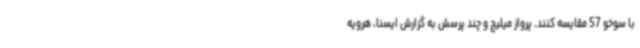
با سوخو 57 مقایسه کنند. پرواز میلیچ و چند پرسش به گزارش ایسنا، هرویه